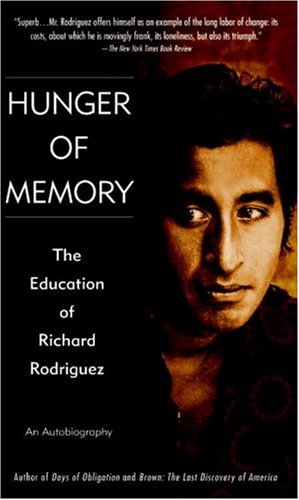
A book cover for Hunger of Memory : The Education of Richard Rodriguez; Richard Rodriguez; Biographies & Memoirs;